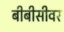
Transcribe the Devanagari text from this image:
बीबीसीवर